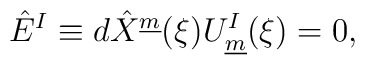
\hat{E}^{I} \equiv  d\hat{X}^{\underline{m}}(\xi) U^{I}_{\underline{m}}(\xi) = 0, \qquad